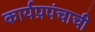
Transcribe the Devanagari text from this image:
कार्यप्रपंचाची